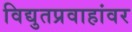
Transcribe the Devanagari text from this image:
विद्युतप्रवाहांवर